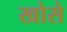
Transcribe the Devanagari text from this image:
खोसे